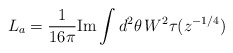
\begin{align*}L_a = \frac{1}{16\pi} \mbox{Im} \int d^2\theta\, W^2 \tau(z^{-1/4})\end{align*}